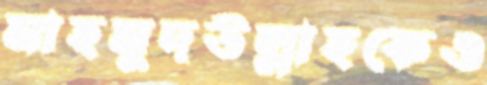
মাহমুদউল্লাহকেও